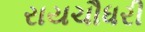
રાયચૌધરી